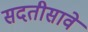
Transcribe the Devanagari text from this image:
सदतीसावे